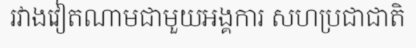
រវាងវៀតណាមជាមួយអង្គការ សហប្រជាជាតិ